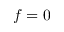
f = 0